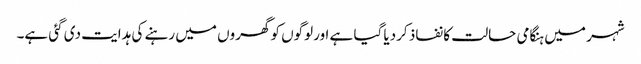
شہر میں ہنگامی حالت کا نفاذ کردیا گیا ہے اورلوگوں کو گھروں میں رہنے کی ہدایت دی گئی ہے۔